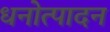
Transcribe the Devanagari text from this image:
धनोत्पादन